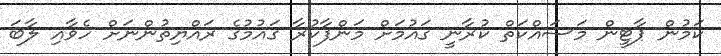
ކަމުން ޕާޓީން މަސައްކަތް ކުރާނީ ގައުމަށް މަންފާކުރާ ގައުމުގެ ރައްޔިތުންނަށް ހެވާއި ލާބަ